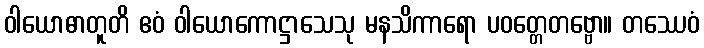
ဝါယောဓာတူတိ ဧဝံ ဝါယောကောဋ္ဌာသေသု မနသိကာရော ပဝတ္တေတဗ္ဗော။ တဿေဝံ